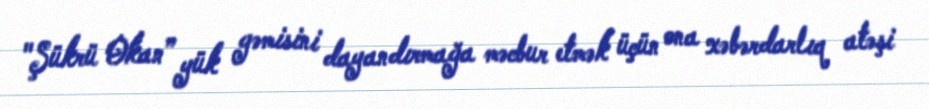
"Şükrü Okan” yük gəmisini dayandırmağa məcbur etmək üçün ona xəbərdarlıq atəşi